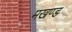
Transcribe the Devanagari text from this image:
मखण्ड